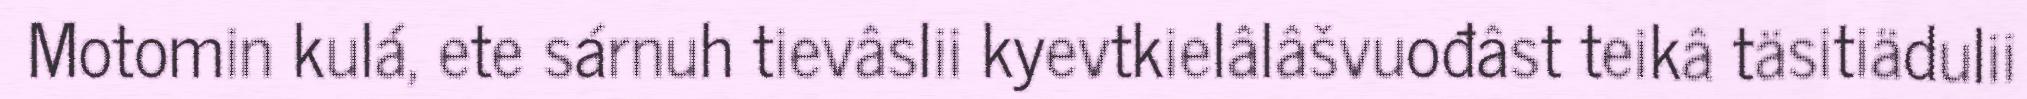
Motomin kulá, ete sárnuh tievâslii kyevtkielâlâšvuođâst teikâ täsitiädulii